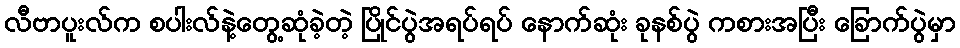
လီဗာပူးလ်က စပါးလ်နဲ့တွေ့ဆုံခဲ့တဲ့ ပြိုင်ပွဲအရပ်ရပ် နောက်ဆုံး ခုနစ်ပွဲ ကစားအပြီး ခြောက်ပွဲမှာ